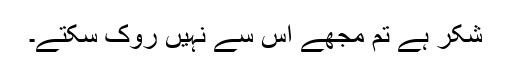
شکر ہے تم مجھے اس سے نہیں روک سکتے۔